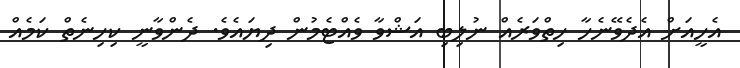
އެހީއަށް އެދެވޭނެހާ ހިތްވަރެއް ނުލިބި އަޝްވާ ވެއްޓެމުން ދިޔައެވެ. ދެންވާނީ ކިހިނެތް ކަމެއް